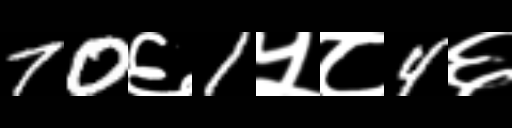
Text: 70६1५८4६